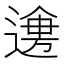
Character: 𲅯